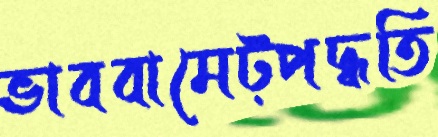
ভাববামেট্‌পদ্ধতি